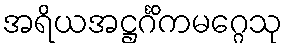
အရိယအဋ္ဌင်္ဂိကမဂ္ဂေသု